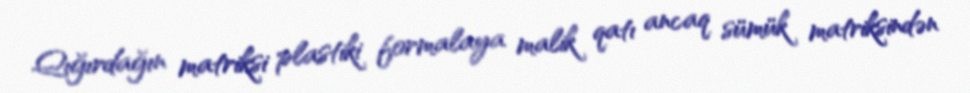
Qığırdağın matriksi plastiki formalaya malik qatı ancaq sümük matriksindən